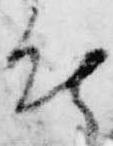
能